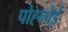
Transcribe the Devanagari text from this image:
पोह्न्पेई